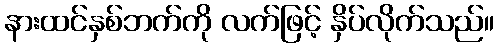
နားထင်နှစ်ဘက်ကို လက်ဖြင့် နှိပ်လိုက်သည်။